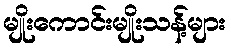
မျိုးကောင်းမျိုးသန့်များ